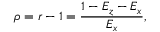
\rho = r - 1 = \frac { 1 - E _ { z } - E _ { x } } { E _ { x } } ,